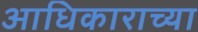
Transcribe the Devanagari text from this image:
आधिकाराच्या